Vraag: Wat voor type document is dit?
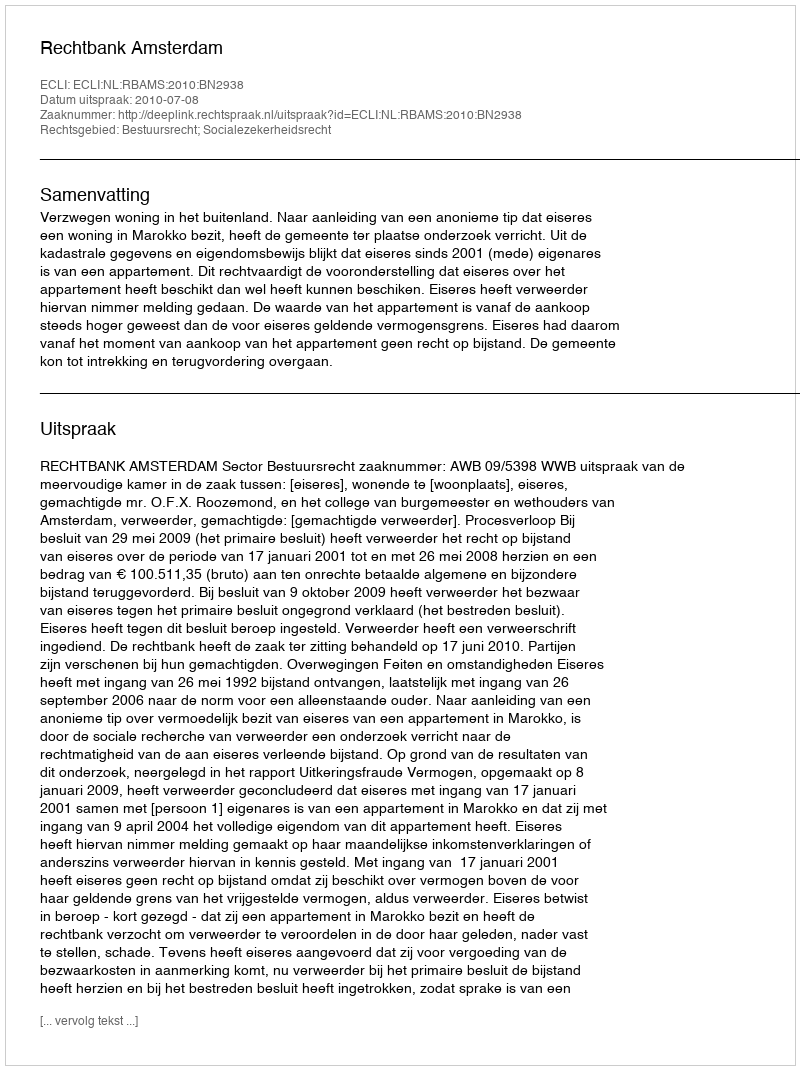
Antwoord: Uitspraak